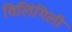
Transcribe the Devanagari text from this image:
विलिंगिली